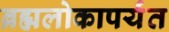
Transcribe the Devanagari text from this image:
ब्रह्मलोकापर्यंत